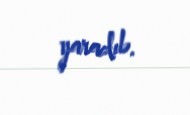
yaradıb.